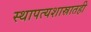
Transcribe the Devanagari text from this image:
स्थापत्यशास्रातही